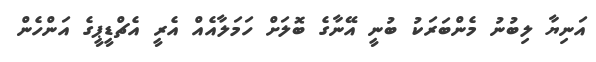
އަނިޔާ ލިބުނު މެންބަރަކު ބުނީ އޭނާގެ ބޮލަށް ހަމަލާއެއް އެރީ އެޗްޑީޕީގެ އަންހެން